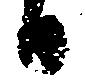
日